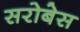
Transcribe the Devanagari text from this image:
सरोबेस